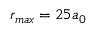
r _ { m a x } = 2 5 a _ { 0 }